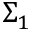
\Sigma _ { 1 }